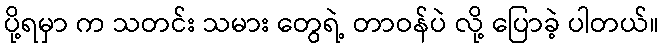
ပို့ရမှာ က သတင်း သမား တွေရဲ့ တာဝန်ပဲ လို့ ပြောခဲ့ ပါတယ်။